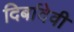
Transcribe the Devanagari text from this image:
दिर्बादेवी